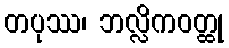
တပုဿ၊ ဘလ္လိကဝတ္ထု